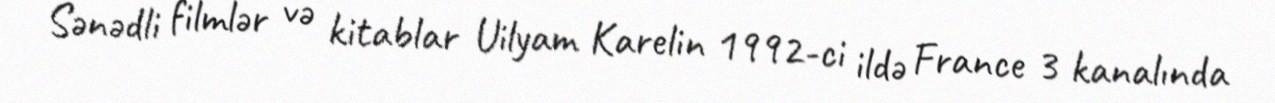
Sənədli filmlər və kitablar Uilyam Karelin 1992-ci ildə France 3 kanalında